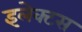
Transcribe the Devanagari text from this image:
इलेक्टस